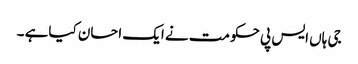
جی ہاں ایس پی حکومت نے ایک احسان کیاہے ۔